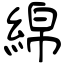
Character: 綿